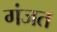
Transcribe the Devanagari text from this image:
गंजत